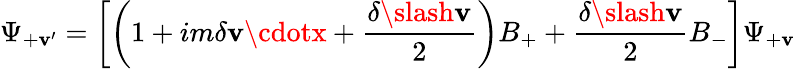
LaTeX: \Psi_{+\mathbf{v}^{\prime}}=\left[\left(1+im\delta\mathbf{v}\cdotx+\frac{{\delta\slash\mathbf{v}}}{{2}}\right)B_{+}+\frac{{\delta\slash\mathbf{v}}}{{2}}B_{-}\right]\Psi_{+\mathbf{v}}